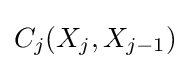
{C_{j}}(X_{j},X_{j-1})